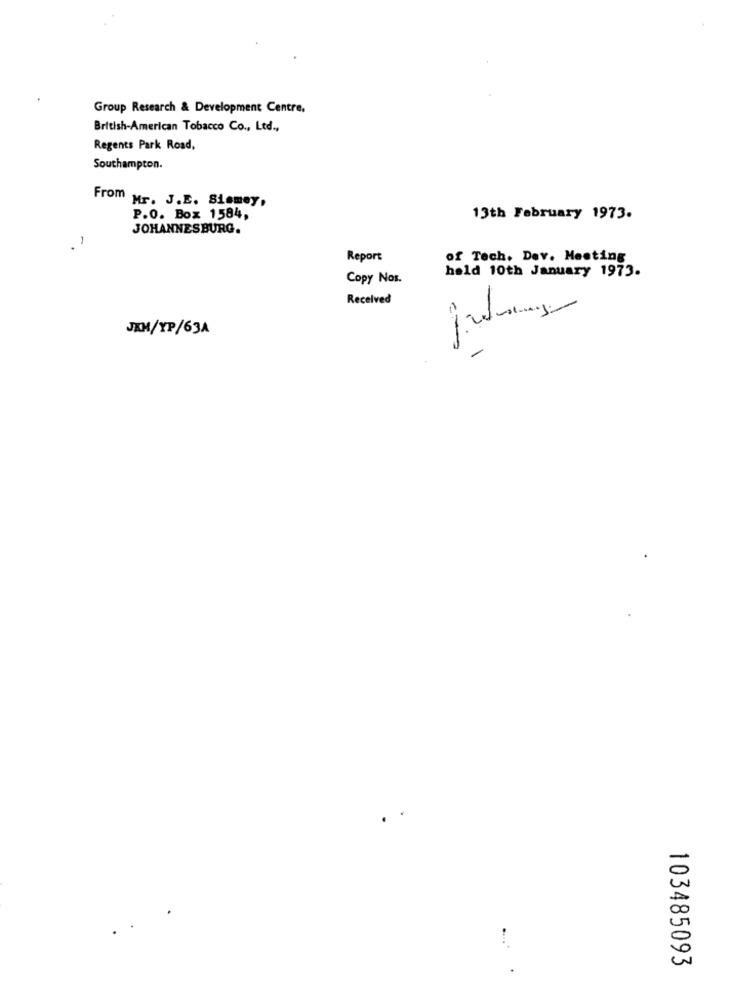
Group Research & Development Centre.
British-American Tobacco Co ., Ltd .,
Regents Park Road,
Southampton.
From Mr. J.E. Siamey,
P.O. Box 1584,
13th February 1973.
JOHANNESBURG.
. 1
Report
of Tech. Dev. Meeting
held 10th January 1973.
Copy Nos.
Received
JAM/XP/63A
00
0
103485093